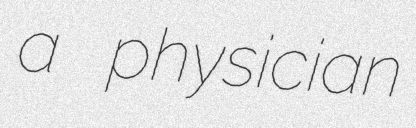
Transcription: a physician